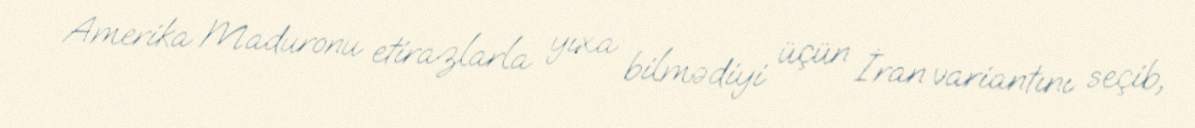
Amerika Maduronu etirazlarla yıxa bilmədiyi üçün İran variantını seçib,